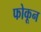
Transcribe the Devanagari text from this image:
फोकून